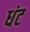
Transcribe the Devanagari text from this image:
धंट